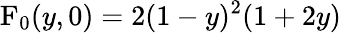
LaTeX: \mathrm{F}_{0}(y,0)=2(1-y)^{2}(1+2y)